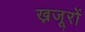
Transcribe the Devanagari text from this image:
ख़जूरों